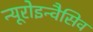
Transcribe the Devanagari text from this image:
न्यूरोइन्वैसिव